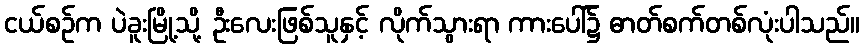
ငယ်စဉ်က ပဲခူးမြို့သို့ ဦးလေးဖြစ်သူနှင့် လိုက်သွားရာ ကားပေါ်၌ ဓာတ်စက်တစ်လုံးပါသည်။